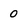
Character: 0